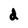
Character: d